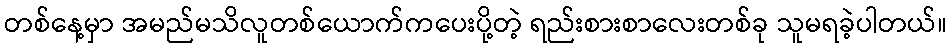
တစ်နေ့မှာ အမည်မသိလူတစ်ယောက်ကပေးပို့တဲ့ ရည်းစားစာလေးတစ်ခု သူမရခဲ့ပါတယ်။